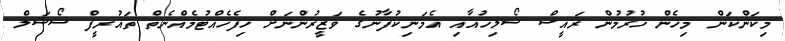
މިކަންކަން މިހެން ހުރުމުން ރައީސް ސޯލިހުއާއި އެމަނިކުފާނުގެ ވަޒީރުންނަށް ހިފެހެއްޓުމެއްނެތް ތައުރީފް ސޯޝަލް